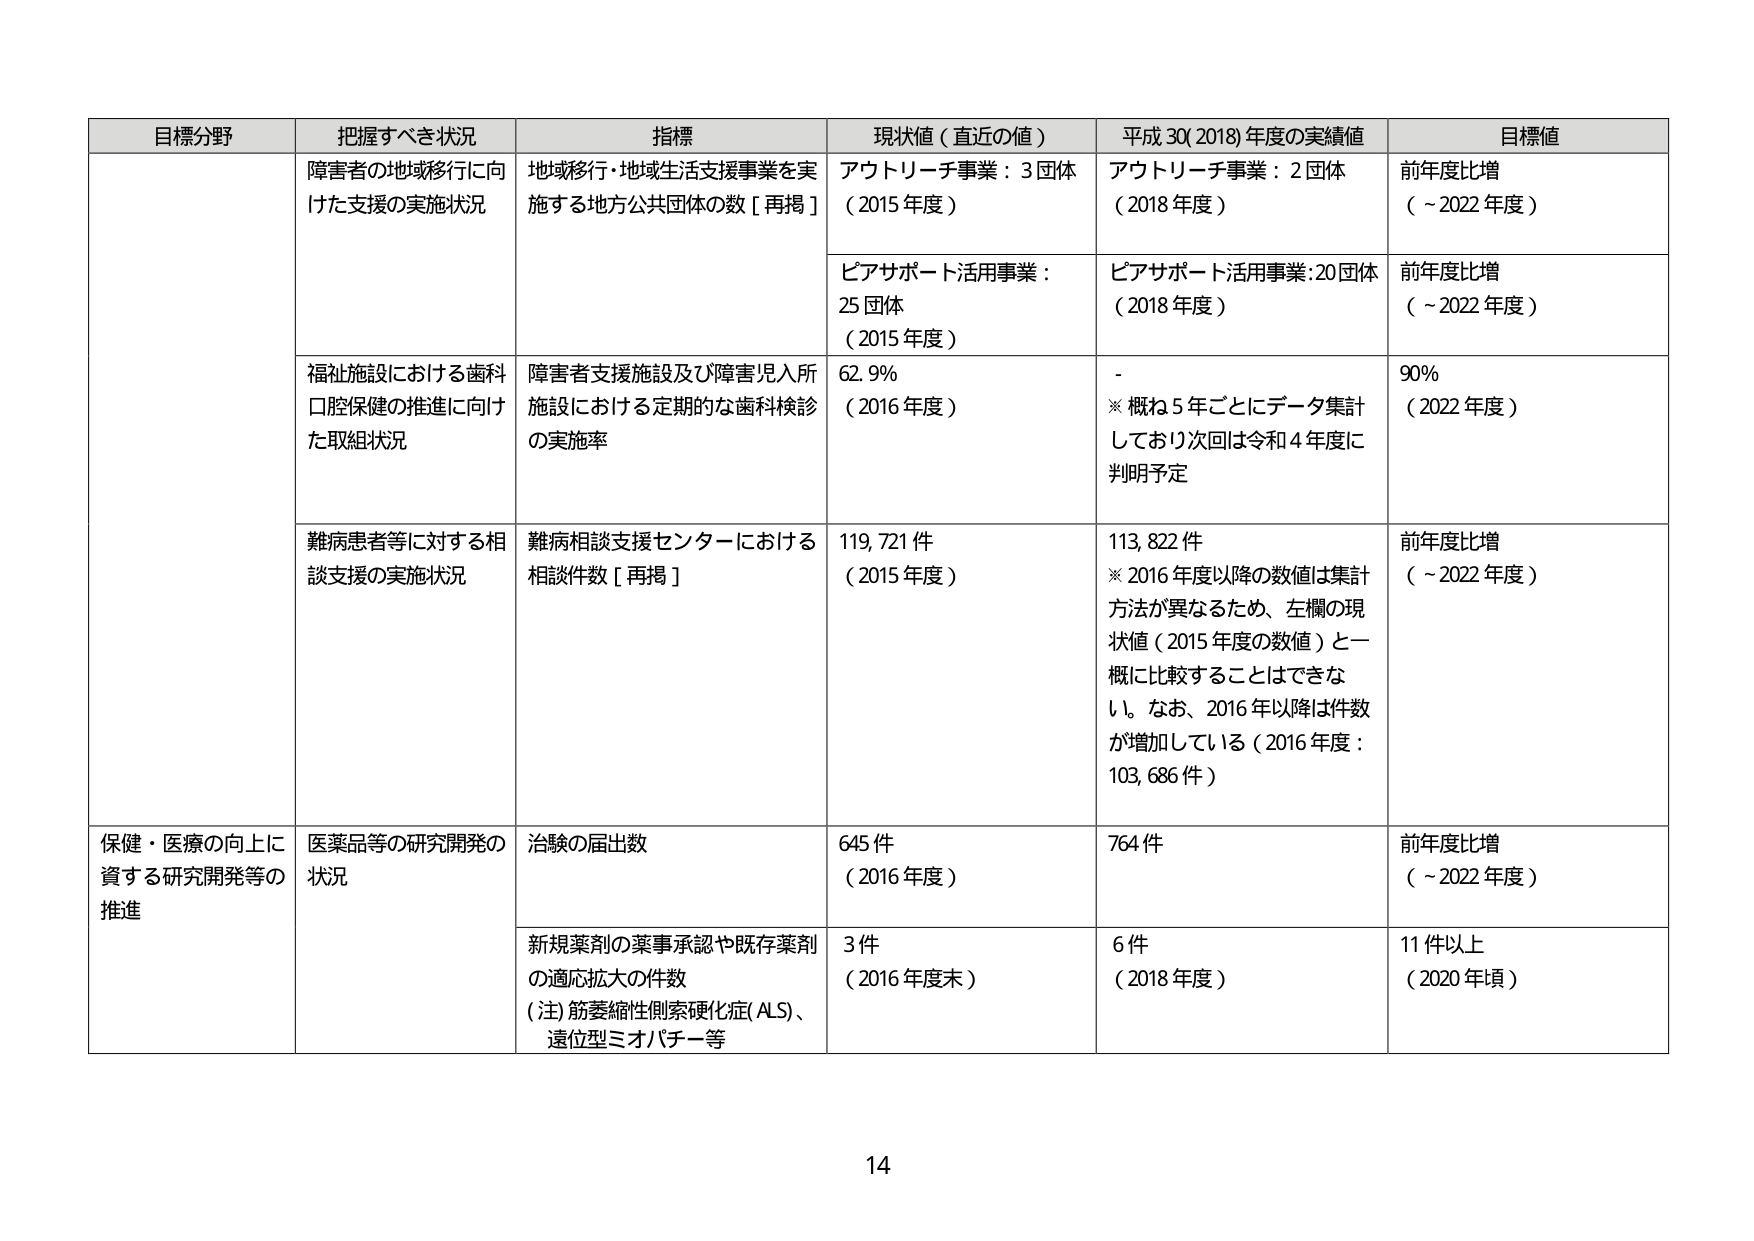
目標分野 把握すべき状況 指標 現状値（直近の値） 平成30(2018)年度の実績値 目標値
障害者の地域移行に向けた支援の実施状況 地域移行・地域生活支援事業を実施する地方公共団体の数［再掲］ アウトリーチ事業：3団体（2015年度） アウトリーチ事業：2団体（2018年度） 前年度比増（～2022年度）
ピアサポート活用事業：25団体（2015年度） ピアサポート活用事業：20団体（2018年度） 前年度比増（～2022年度）
福祉施設における歯科口腔保健の推進に向けた取組状況 障害者支援施設及び障害児入所施設における定期的な歯科検診の実施率 62.9%（2016年度） - ※概ね5年ごとにデータ集計しており次回は令和4年度に判明予定 90%（2022年度）
難病患者等に対する相談支援の実施状況 難病相談支援センターにおける相談件数［再掲］ 119,721件（2015年度） 113,822件 ※2016年度以降の数値は集計方法が異なるため、左欄の現状値（2015年度の数値）と一概に比較することはできない。なお、2016年以降は件数が増加している（2016年度：103,686件） 前年度比増（～2022年度）
保健・医療の向上に資する研究開発等の推進 医薬品等の研究開発の状況 治験の届出数 645件（2016年度） 764件 前年度比増（～2022年度）
新規薬剤の薬事承認や既存薬剤の適応拡大の件数（注）筋萎縮性側索硬化症(ALS)、遺伝型ミオパチー等 3件（2016年度末） 6件（2018年度） 11件以上（2020年頃）
14